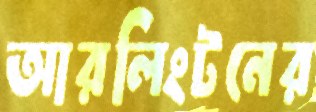
আরলিংটনের